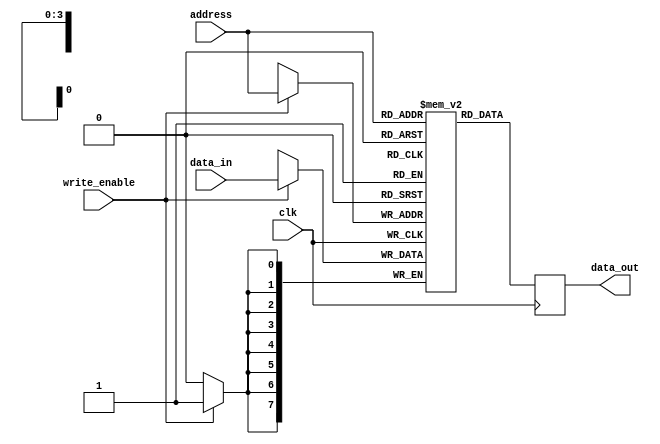
module RAM(
    input wire clk,
    input wire write_enable,
    input wire [7:0] data_in,
    input wire [3:0] address,
    output reg [7:0] data_out
);

reg [7:0] memory [0:15]; // Defining a 16x8 RAM memory

always @(posedge clk) begin
    if(write_enable) begin
        memory[address] <= data_in;
    end
    data_out <= memory[address];
end

endmodule